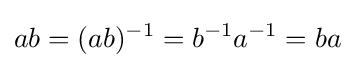
ab=(ab)^{-1}=b^{-1}a^{-1}=ba